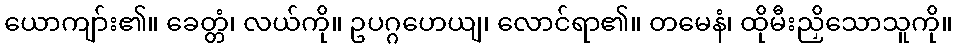
ယောကျာ်း၏။ ခေတ္တံ၊ လယ်ကို။ ဥပဂ္ဂဟေယျ၊ လောင်ရာ၏။ တမေနံ၊ ထိုမီးညှိသောသူကို။